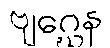
ဗျဂ္ဃေန